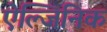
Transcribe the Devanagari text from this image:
ऐल्जिनिक